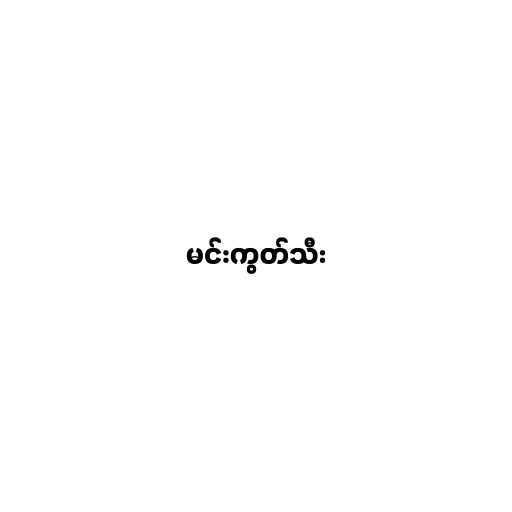
မင်းကွတ်သီး